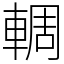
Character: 輖